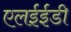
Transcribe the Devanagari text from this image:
एलईईडी